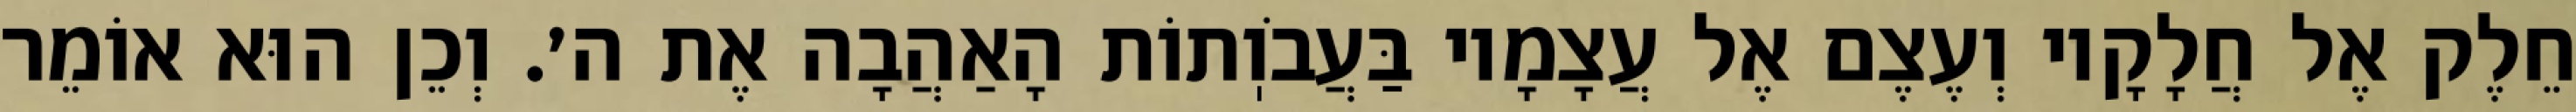
חֵלֶק אֶל חֲלָקָיו וְעֶצֶם אֶל עֲצָמָיו בַּעֲבֹוֽתוֹת הָאַהֲבָה אֶת ה׳. וְכֵן הוּא אוֹמֵר